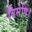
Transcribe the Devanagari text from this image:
बिसेषि।